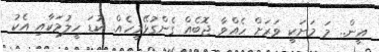
އީން.. މަ މަށަކީ ވަރަށް ހެއްވާ ޖޮބެއް ގެންގުޅޭމީހެއް. ކުޑަ ހީލުމަކާއި އެކު